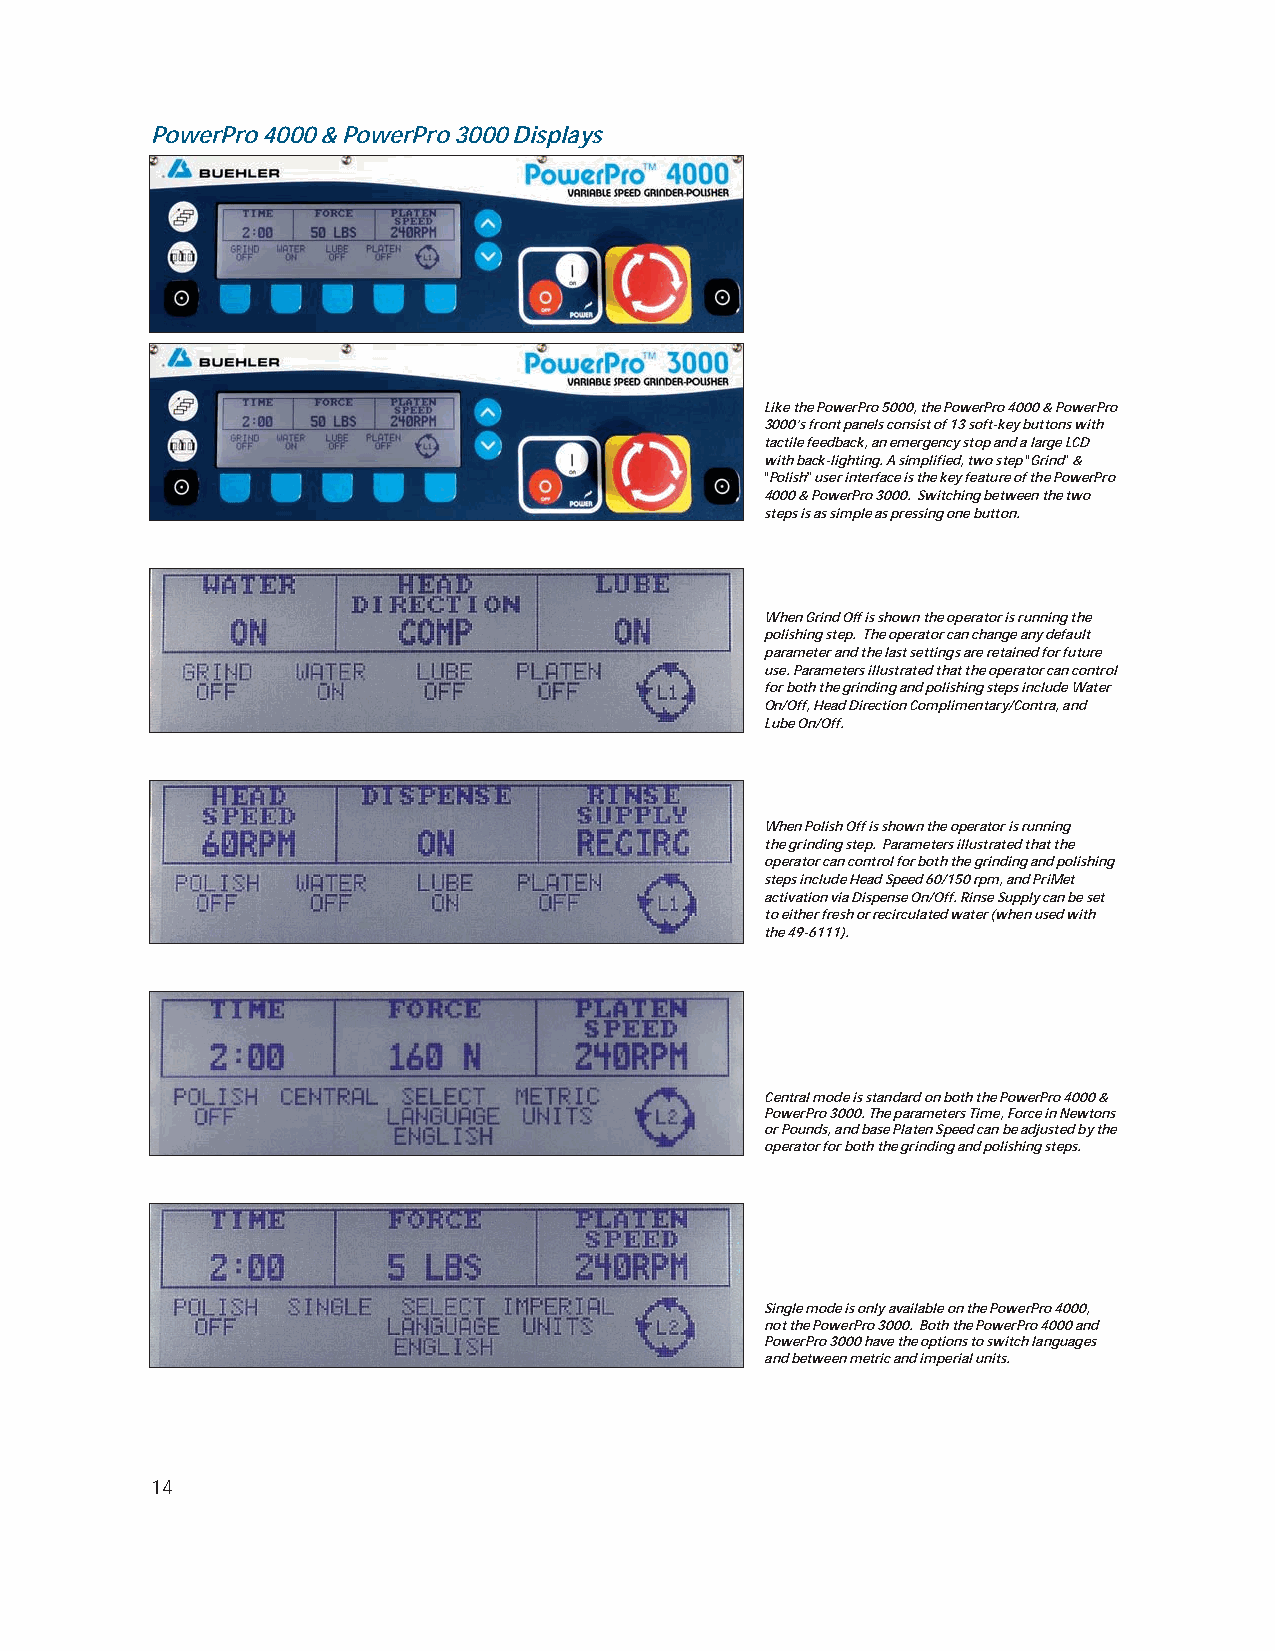
PowerPro 4000 & PowerPro 3000 Displays
 Like the PowerPro 5000, the PowerPro 4000 & PowerPro
 3000’s front panels consist of 13 soft-key buttons with
 tactile feedback, an emergency stop and a large LCD
 with back-lighting. A simplified, two step “Grind”&
 “Polish”user interface is the key feature of the PowerPro
 4000 & PowerPro 3000. Switching between the two
 steps is as simple as pressing one button.
 When Grind Off is shown the operator is running the
 polishing step. The operator can change any default
 parameter and the last settings are retained for future
 use. Parameters illustrated that the operator can control
 for both the grinding and polishing steps include Water
 On/Off, Head Direction Complimentary/Contra, and
 Lube On/Off.
 When Polish Off is shown the operator is running
 the grinding step. Parameters illustrated that the
 operator can control for both the grinding and polishing
 steps include Head Speed 60/150 rpm, and PriMet
 activation via Dispense On/Off. Rinse Supply can be set
 to either fresh or recirculated water (when used with
 the 49-6111).
 Central mode is standard on both the PowerPro 4000 &
 PowerPro 3000. The parameters Time, Force in Newtons
 or Pounds, and base Platen Speed can be adjusted by the
 operator for both the grinding and polishing steps.
 Single mode is only available on the PowerPro 4000,
 not the PowerPro 3000. Both the PowerPro 4000 and
 PowerPro 3000 have the options to switch languages
 and between metric and imperial units.
 14